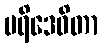
ပရိဒေဝိတာ